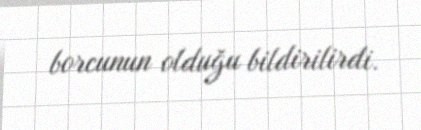
borcunun olduğu bildirilirdi.